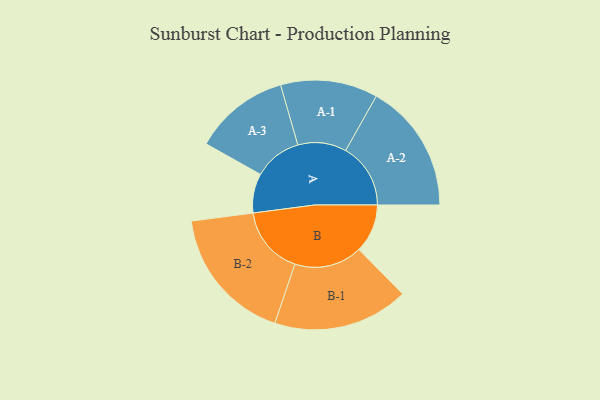
{"axis": {"x": "Segment", "y": "Value"}, "legend": ["", "A", "B"], "data": [{"x": "A", "y": 161, "type": ""}, {"x": "B", "y": 199, "type": ""}, {"x": "A-1", "y": 199, "type": "A"}, {"x": "A-2", "y": 266, "type": "A"}, {"x": "A-3", "y": 196, "type": "A"}, {"x": "B-1", "y": 278, "type": "B"}, {"x": "B-2", "y": 280, "type": "B"}]}